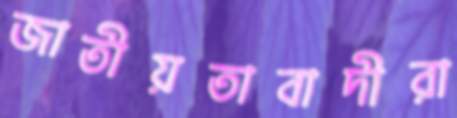
জাতীয়তাবাদীরা